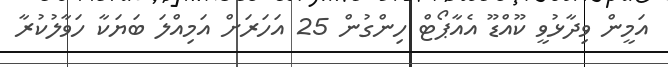
އަމީން ވިދާޅުވީ ކޫއްޑޫ އެއާޕޯޓް ހިންގުން 25 އަހަރަށް އަމިއްލަ ބަޔަކާ ހަވާލުކުރާ